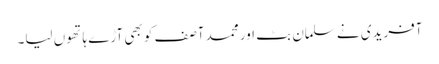
آفریدی نے سلمان بٹ اور محمد آصف کو بھی آڑے ہاتھوں لیا۔